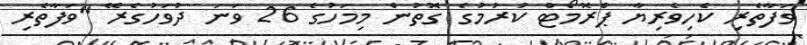
ވަފާތެރި ކެހިވެރިޔާ ޕްރޮމޯޓް ކުރުމުގެ ގޮތުން މިމަހުގެ 26 ވަނަ ދުވަހުގެރޭ "ވަފާތެރި